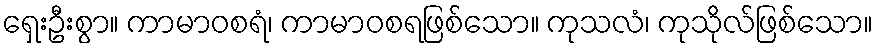
ရှေးဦးစွာ။ ကာမာဝစရံ၊ ကာမာဝစရဖြစ်သော။ ကုသလံ၊ ကုသိုလ်ဖြစ်သော။